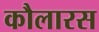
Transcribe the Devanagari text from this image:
कौलारस